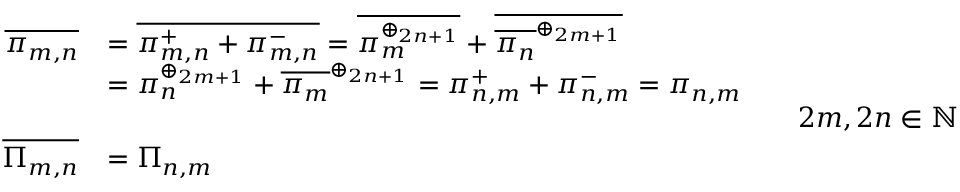
{ \begin{array} { r l r l } { { \overline { { \pi _ { m , n } } } } } & { = { \overline { { \pi _ { m , n } ^ { + } + \pi _ { m , n } ^ { - } } } } = { \overline { { \pi _ { m } ^ { \oplus _ { 2 n + 1 } } } } } + { \overline { { { \overline { { \pi _ { n } } } } ^ { \oplus _ { 2 m + 1 } } } } } } \\ & { = \pi _ { n } ^ { \oplus _ { 2 m + 1 } } + { \overline { { \pi _ { m } } } } ^ { \oplus _ { 2 n + 1 } } = \pi _ { n , m } ^ { + } + \pi _ { n , m } ^ { - } = \pi _ { n , m } } \\ & { } & & { 2 m , 2 n \in \mathbb { N } } \\ { { \overline { { \Pi _ { m , n } } } } } & { = \Pi _ { n , m } } \end{array} }